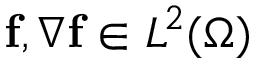
\mathbf { f } , \nabla \mathbf { f } \in L ^ { 2 } ( \Omega )